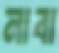
নাবা